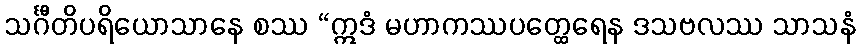
သင်္ဂီတိပရိယောသာနေ စဿ “ဣဒံ မဟာကဿပတ္ထေရေန ဒသဗလဿ သာသနံ